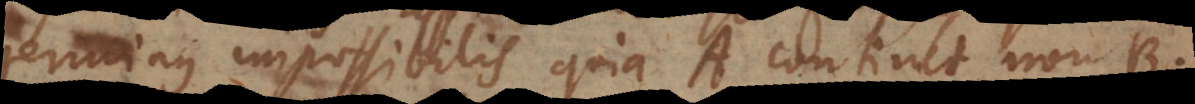
terminus impossibilis, quia A continet non‐B.